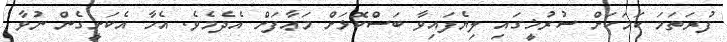
ފުރަތަމަ ކަމަކަށް ސުރުޚީގައި ލިޔެފައިވާ ބަސްކޮޅަށް މަޢާފަށް އެދެމެވެ. އެހާ އެކަށީގެން ނުވާ